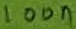
Text: 100n